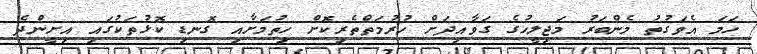
ހަމަ އެވަގުތު މެންބަރު މަޖިލީހުގެ ގަވާއިދަށް ހުރުމަތްތެރިކޮށް ހިތުމަށާއި ގޮނޑި ކޮޅުތަކުގައި އިށީންދެ